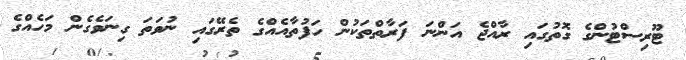
ޓޫރިސްޓުންގެ ގޮތުގައި ރާއްޖެ އަންނަ ފަރާތްތަކުން ހަފުތާއެއްގެ ތެރޭގައި ނުވަތަ ގިނަވެގެން މަހެއްގެ